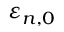
\varepsilon _ { n , 0 }